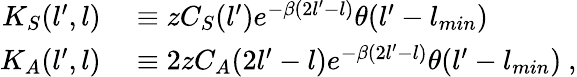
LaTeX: \begin{array}{rl}{K_{S}(l^{\prime},l)}&{{}\equiv zC_{S}(l^{\prime})e^{-\beta(2l^{\prime}-l)}\theta(l^{\prime}-l_{min})}\\ {K_{A}(l^{\prime},l)}&{{}\equiv 2zC_{A}(2l^{\prime}-l)e^{-\beta(2l^{\prime}-l)}\theta(l^{\prime}-l_{min})\ ,}\end{array}